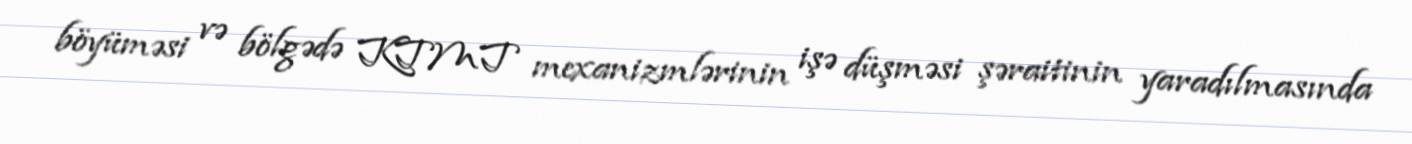
böyüməsi və bölgədə KTMT mexanizmlərinin işə düşməsi şəraitinin yaradılmasında